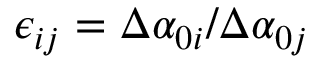
\epsilon _ { i j } = \Delta \alpha _ { 0 i } / \Delta \alpha _ { 0 j }